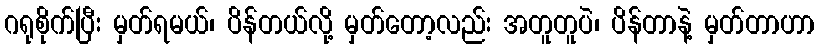
ဂရုစိုက်ပြီး မှတ်ရမယ်၊ ပိန်တယ်လို့ မှတ်တော့လည်း အတူတူပဲ၊ ပိန်တာနဲ့ မှတ်တာဟာ